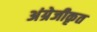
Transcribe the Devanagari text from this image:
अंग्रेजीकृत